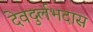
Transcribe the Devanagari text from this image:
देवदुर्लभदास